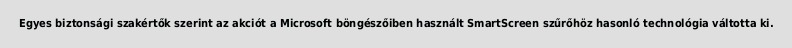
Egyes biztonsági szakértők szerint az akciót a Microsoft böngészőiben használt SmartScreen szűrőhöz hasonló technológia váltotta ki.